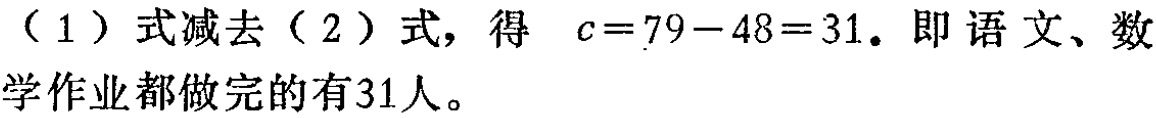
（1）式减去（2）式，得 \(c = 79 - 48 = 31\). 即语文、数学作业都做完的有31人。